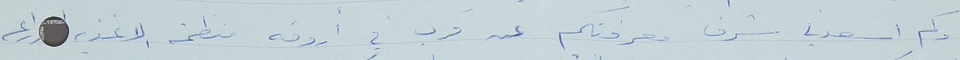
وكم اسعدني شرف معرفتكم عن قرب في أروقه منظمة الاغذية ا راعه